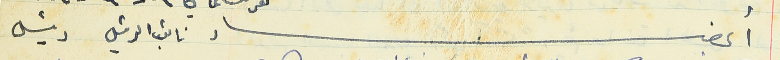
أعضاء نائب الرئيس رئيس